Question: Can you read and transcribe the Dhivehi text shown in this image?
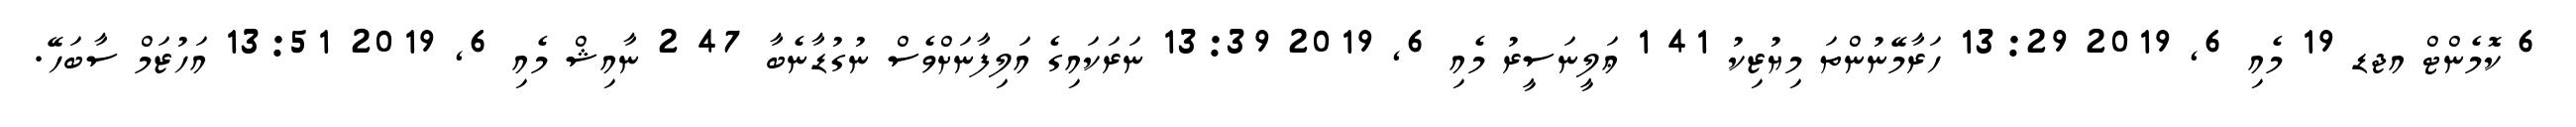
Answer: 6 ކޮމެންޓް އޖޑ 19 މެއި 6, 2019 13:29 ހަރާމޭނުންތަ މިޔުޒިކު 41 1 ޢަލީނަސީރު މެއި 6, 2019 13:39 ނަރަކައިގެ އަލިފާނަށްވެސް ނުގުޑާނެބާ 47 2 ނާއިޝް މެއި 6, 2019 13:51 އަހުޒަމް ސާބަހޭ.